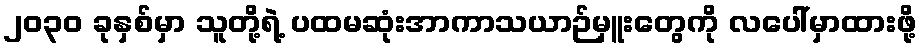
၂၀၃၀ ခုနှစ်မှာ သူတို့ရဲ့ ပထမဆုံးအာကာသယာဉ်မှူးတွေကို လပေါ်မှာထားဖို့